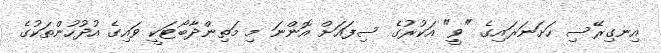
އިނގިރޭސި ހަށަނަރައިގެ "ވީ" އަކުރުގެ ސިފައަށް އޮންނަ މި މަތިންދާބޯޓަކީ ވައިގެ އުދުހުންތަކުގެ